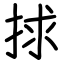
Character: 捄